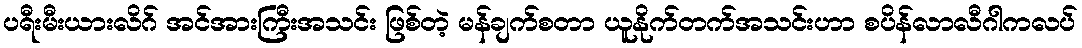
ပရီးမီးယားလိဂ် အင်အားကြီးအသင်း ဖြစ်တဲ့ မန်ချက်စတာ ယူနိုက်တက်အသင်းဟာ စပိန်လာလီဂါကလပ်